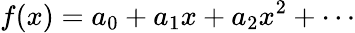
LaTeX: f(x)=a_{0}+a_{1}x+a_{2}x^{2}+\cdots